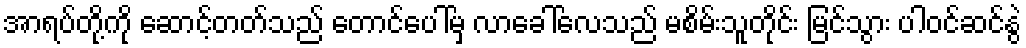
အာရပ်တို့ကို ဆောင့်တတ်သည် တောင်ပေါ်မှ လာခေါ်လေသည် မစိမ်းသူတိုင်း မြင်သွား ပါဝင်ဆင်နွဲ